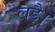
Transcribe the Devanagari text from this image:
लड़ै।